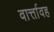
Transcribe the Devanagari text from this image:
वार्त्तावह